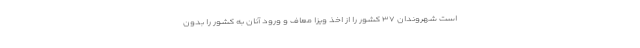
است شهروندان ۳۷ کشور را از اخذ ویزا معاف و ورود آنان به کشور را بدون